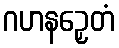
ဂဟနဉှေတံ